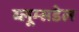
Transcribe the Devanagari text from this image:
ब्लूम्सडेल